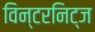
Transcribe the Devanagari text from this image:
विन्टरनिट्ज